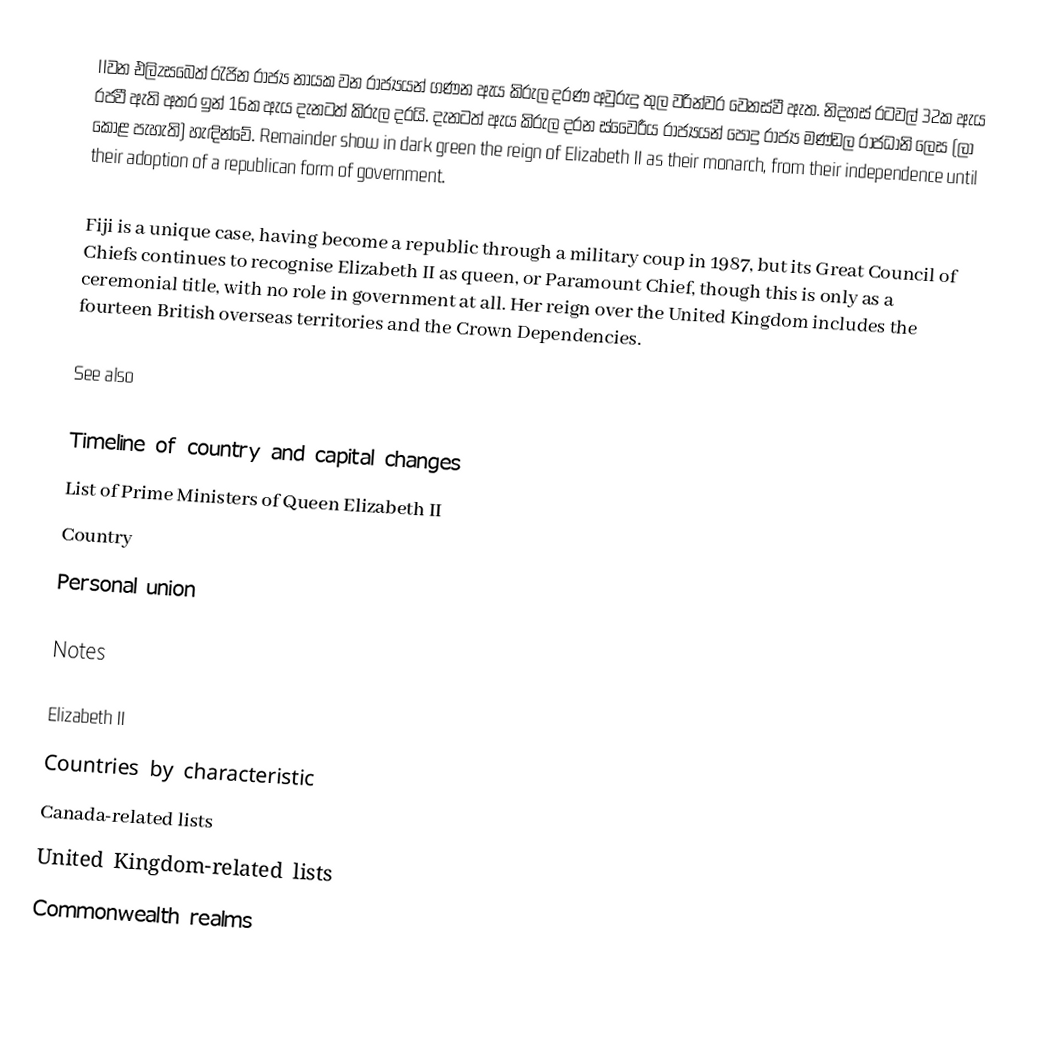
IIවන එලිzසබෙත් රැජින රාජ්‍ය නායක වන රාජ්‍යයන් ගණන ඇය කිරුල දරණ  අවුරුදු   තුල වරින්වර වෙනස්වී ඇත. නිදහස් රටවල් 32ක ඇය රජවී ඇති අතර ඉන් 16ක ඇය දැනටත් කිරුල දරයි.  දැනටත් ඇය කිරුල දරන ස්වෛරීය රාජ්‍යයන් පොදු රාජ්‍ය මණ්ඩල රාජධානි ලෙස (ලා කොළ පැහැති) හැඳින්වේ. Remainder show in dark green the reign of Elizabeth II as their monarch, from their independence until their adoption of a republican form of government.

Fiji is a unique case, having become a republic through a military coup in 1987, but its Great Council of Chiefs continues to recognise Elizabeth II as queen, or Paramount Chief, though this is only as a ceremonial title, with no role in government at all. Her reign over the United Kingdom includes the fourteen British overseas territories and the Crown Dependencies.

See also

 Timeline of country and capital changes
 List of Prime Ministers of Queen Elizabeth II
 Country
 Personal union

Notes

Elizabeth II
Countries by characteristic
Canada-related lists
United Kingdom-related lists
Commonwealth realms